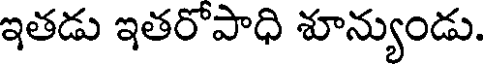
ఇతడు ఇతరోపాధి శూన్యుండు.